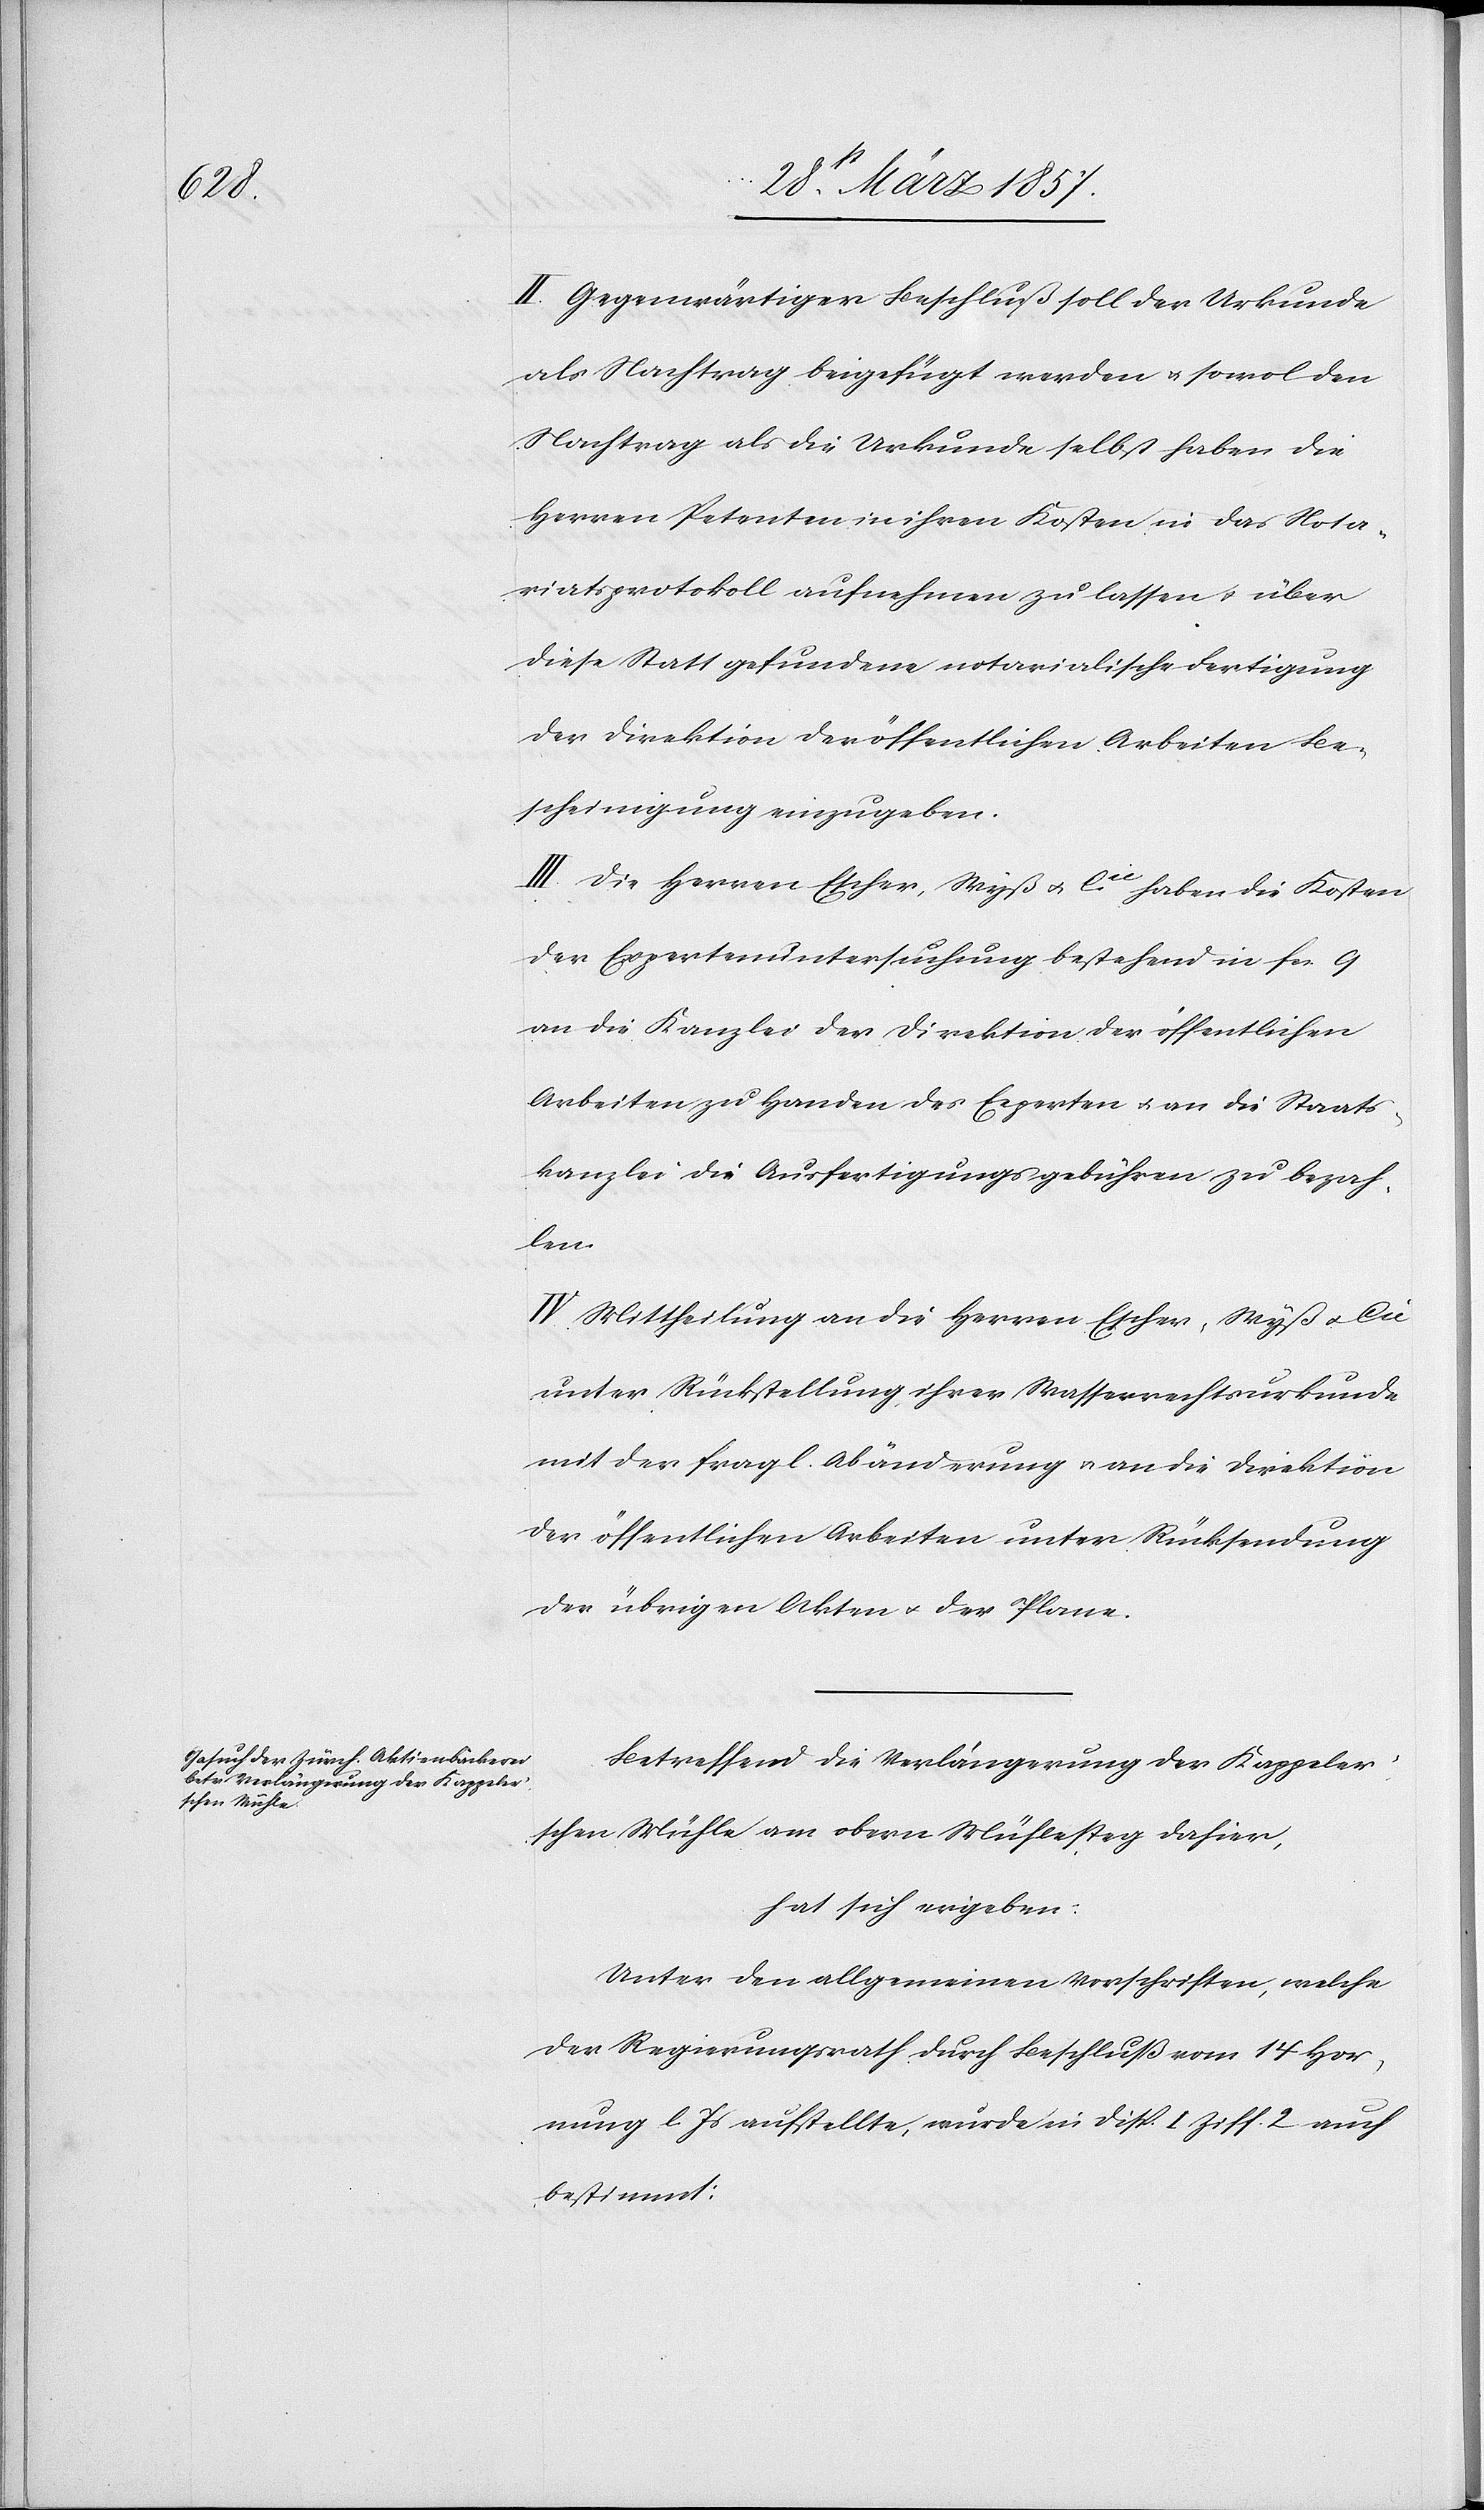
II. Gegenwärtiger Beschluß soll der Urkunde
als Nachtrag beigefügt werden u. sowol den
Nachtrag als die Urkunde selbst haben die
Herren Petenten in ihren Kosten in das Nota¬
riatsprotokoll aufnehmen zu lassen u. über
diese Statt gefundene notarialische Fertigung
der Direktion der öffentlichen Arbeiten Be¬
scheinigung einzugeben.
III. Die Herren Escher-Wyß u. Cie haben die Kosten
der Expertenuntersuchung bestehend in fr. 9
an die Kanzlei der Direktion der öffentlichen
Arbeiten zu Handen des Experten u. an die Staats¬
kanzlei die Ausfertigungsgebühren zu bezah¬
len.
IV. Mittheilung an die Herren Escher-Wyß u. Cie
unter Rückstellung ihrer Wasserrechtsurkunde
mit der fragl. Abänderung u. an die Direktion
der öffentlichen Arbeiten unter Rücksendung
der übrigen Akten u. der Plane.
Betreffend die Verlängerung der Kappele¬
r’schen Mühle am obern Mühlesteg dahier,
hat sich ergeben:
Unter den allgemeinen Vorschriften, welche
der Regierungsrath durch Beschluß vom 14 Hor¬
nung l. Js aufstellte, wurde in Disp. I Ziff. 2 auch
bestimmt: